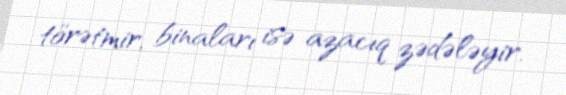
törətmir, binaları isə azacıq zədələyir.